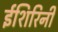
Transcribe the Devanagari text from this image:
ईशिरिनी